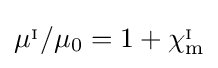
\mu ^{_{\mathrm {I} }}/\mu _{0}=1+\chi _{\mathrm {m} }^{_{\mathrm {I} }}